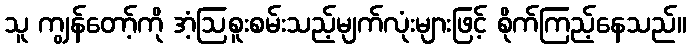
သူ ကျွန်တော့်ကို အံ့ဩစူးစမ်းသည့်မျက်လုံးများဖြင့် စိုက်ကြည့်နေသည်။